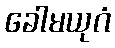
ခေါမယုဂံ